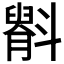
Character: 𫿷